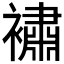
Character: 𲁆